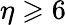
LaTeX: \eta\geqslant 6